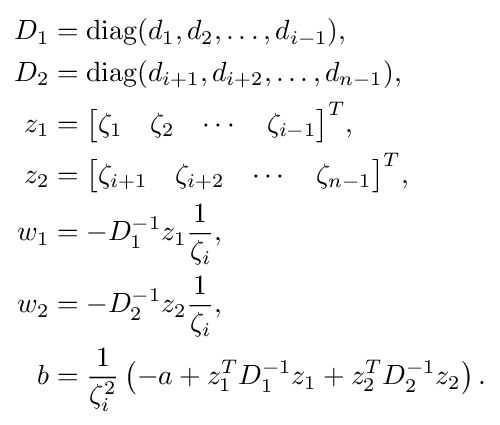
{\begin{alignedat}{2}D_{1}&=\mathop {\mathrm {diag} } (d_{1},d_{2},\ldots ,d_{i-1}),\\D_{2}&=\mathop {\mathrm {diag} } (d_{i+1},d_{i+2},\ldots ,d_{n-1}),\\z_{1}&={\begin{bmatrix}\zeta _{1}&\zeta _{2}&\cdots &\zeta _{i-1}\end{bmatrix}}^{T},\\z_{2}&={\begin{bmatrix}\zeta _{i+1}&\zeta _{i+2}&\cdots &\zeta _{n-1}\end{bmatrix}}^{T},\\w_{1}&=-D_{1}^{-1}z_{1}{\frac {1}{\zeta _{i}}},\\w_{2}&=-D_{2}^{-1}z_{2}{\frac {1}{\zeta _{i}}},\\b&={\frac {1}{\zeta _{i}^{2}}}\left(-a+z_{1}^{T}D_{1}^{-1}z_{1}+z_{2}^{T}D_{2}^{-1}z_{2}\right).\end{alignedat}}